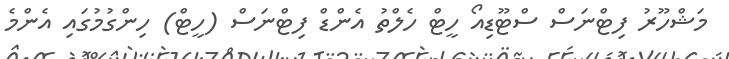
މަޝްހޫރު ފިޓްނަސް ސްޓޫޑިއޯ ހީޓް ހެލްތު އެންޑް ފިޓްނަސް (ހީޓް) ހިންގުމުގައި އެންމެ